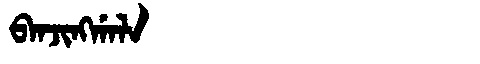
Manchu: ᠪᠠᠨᠵᡳᠩᡤᠠᠯᠠ
Romanization: BANJINGGALA